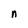
Character: n